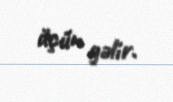
üçün gəlir.